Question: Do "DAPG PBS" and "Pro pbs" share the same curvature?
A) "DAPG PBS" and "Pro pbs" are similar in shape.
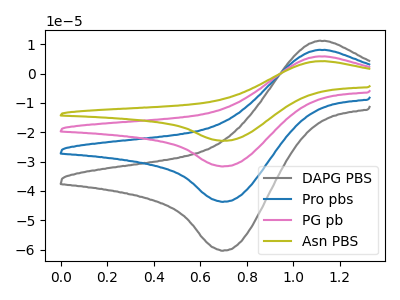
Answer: <think>The gray curve "DAPG PBS" has an anodic peak at (1.10V, 11.10uA) and a cathodic peak at (0.70V, -60.40uA). The blue curve "Pro pbs" has an anodic peak at (1.10V, 8.05uA) and a cathodic peak at (0.70V, -43.75uA). The pink curve "PG pb" has an anodic peak at (1.10V, 16.05uA) and a cathodic peak at (0.70V, -87.50uA). The olive curve "Asn PBS" has an anodic peak at (1.10V, 24.10uA) and a cathodic peak at (0.70V, -131.20uA).
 All the peaks in "DAPG PBS" have a peak in "Pro pbs" at the same potential. Every peak in "DAPG PBS" is higher than every peak in "Pro pbs".</think>
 <answer>A) "DAPG PBS" and "Pro pbs" are similar in shape.</answer>
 <eval>A</eval>